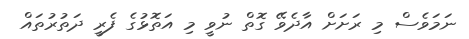
ނަމަވެސް މި ރަށަށް އާދެވޭ ގޮތް ނުވީ މި އަތޮޅުގެ ފެރީ ދަތުރުތައް